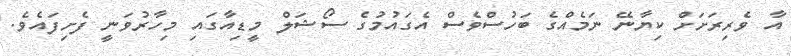
އާ ވެރިރަށަށް ކިޔާނޭ ނަމެއްގެ ބަހުސްވެސް އެގައުމުގެ ސޯޝަލް މީޑިއާގައި މިހާރުވަނީ ފެށިފައެވެ.